65_HS1-834228961_62-HQ-83894_Section_6
Agency: FBI
Page 140
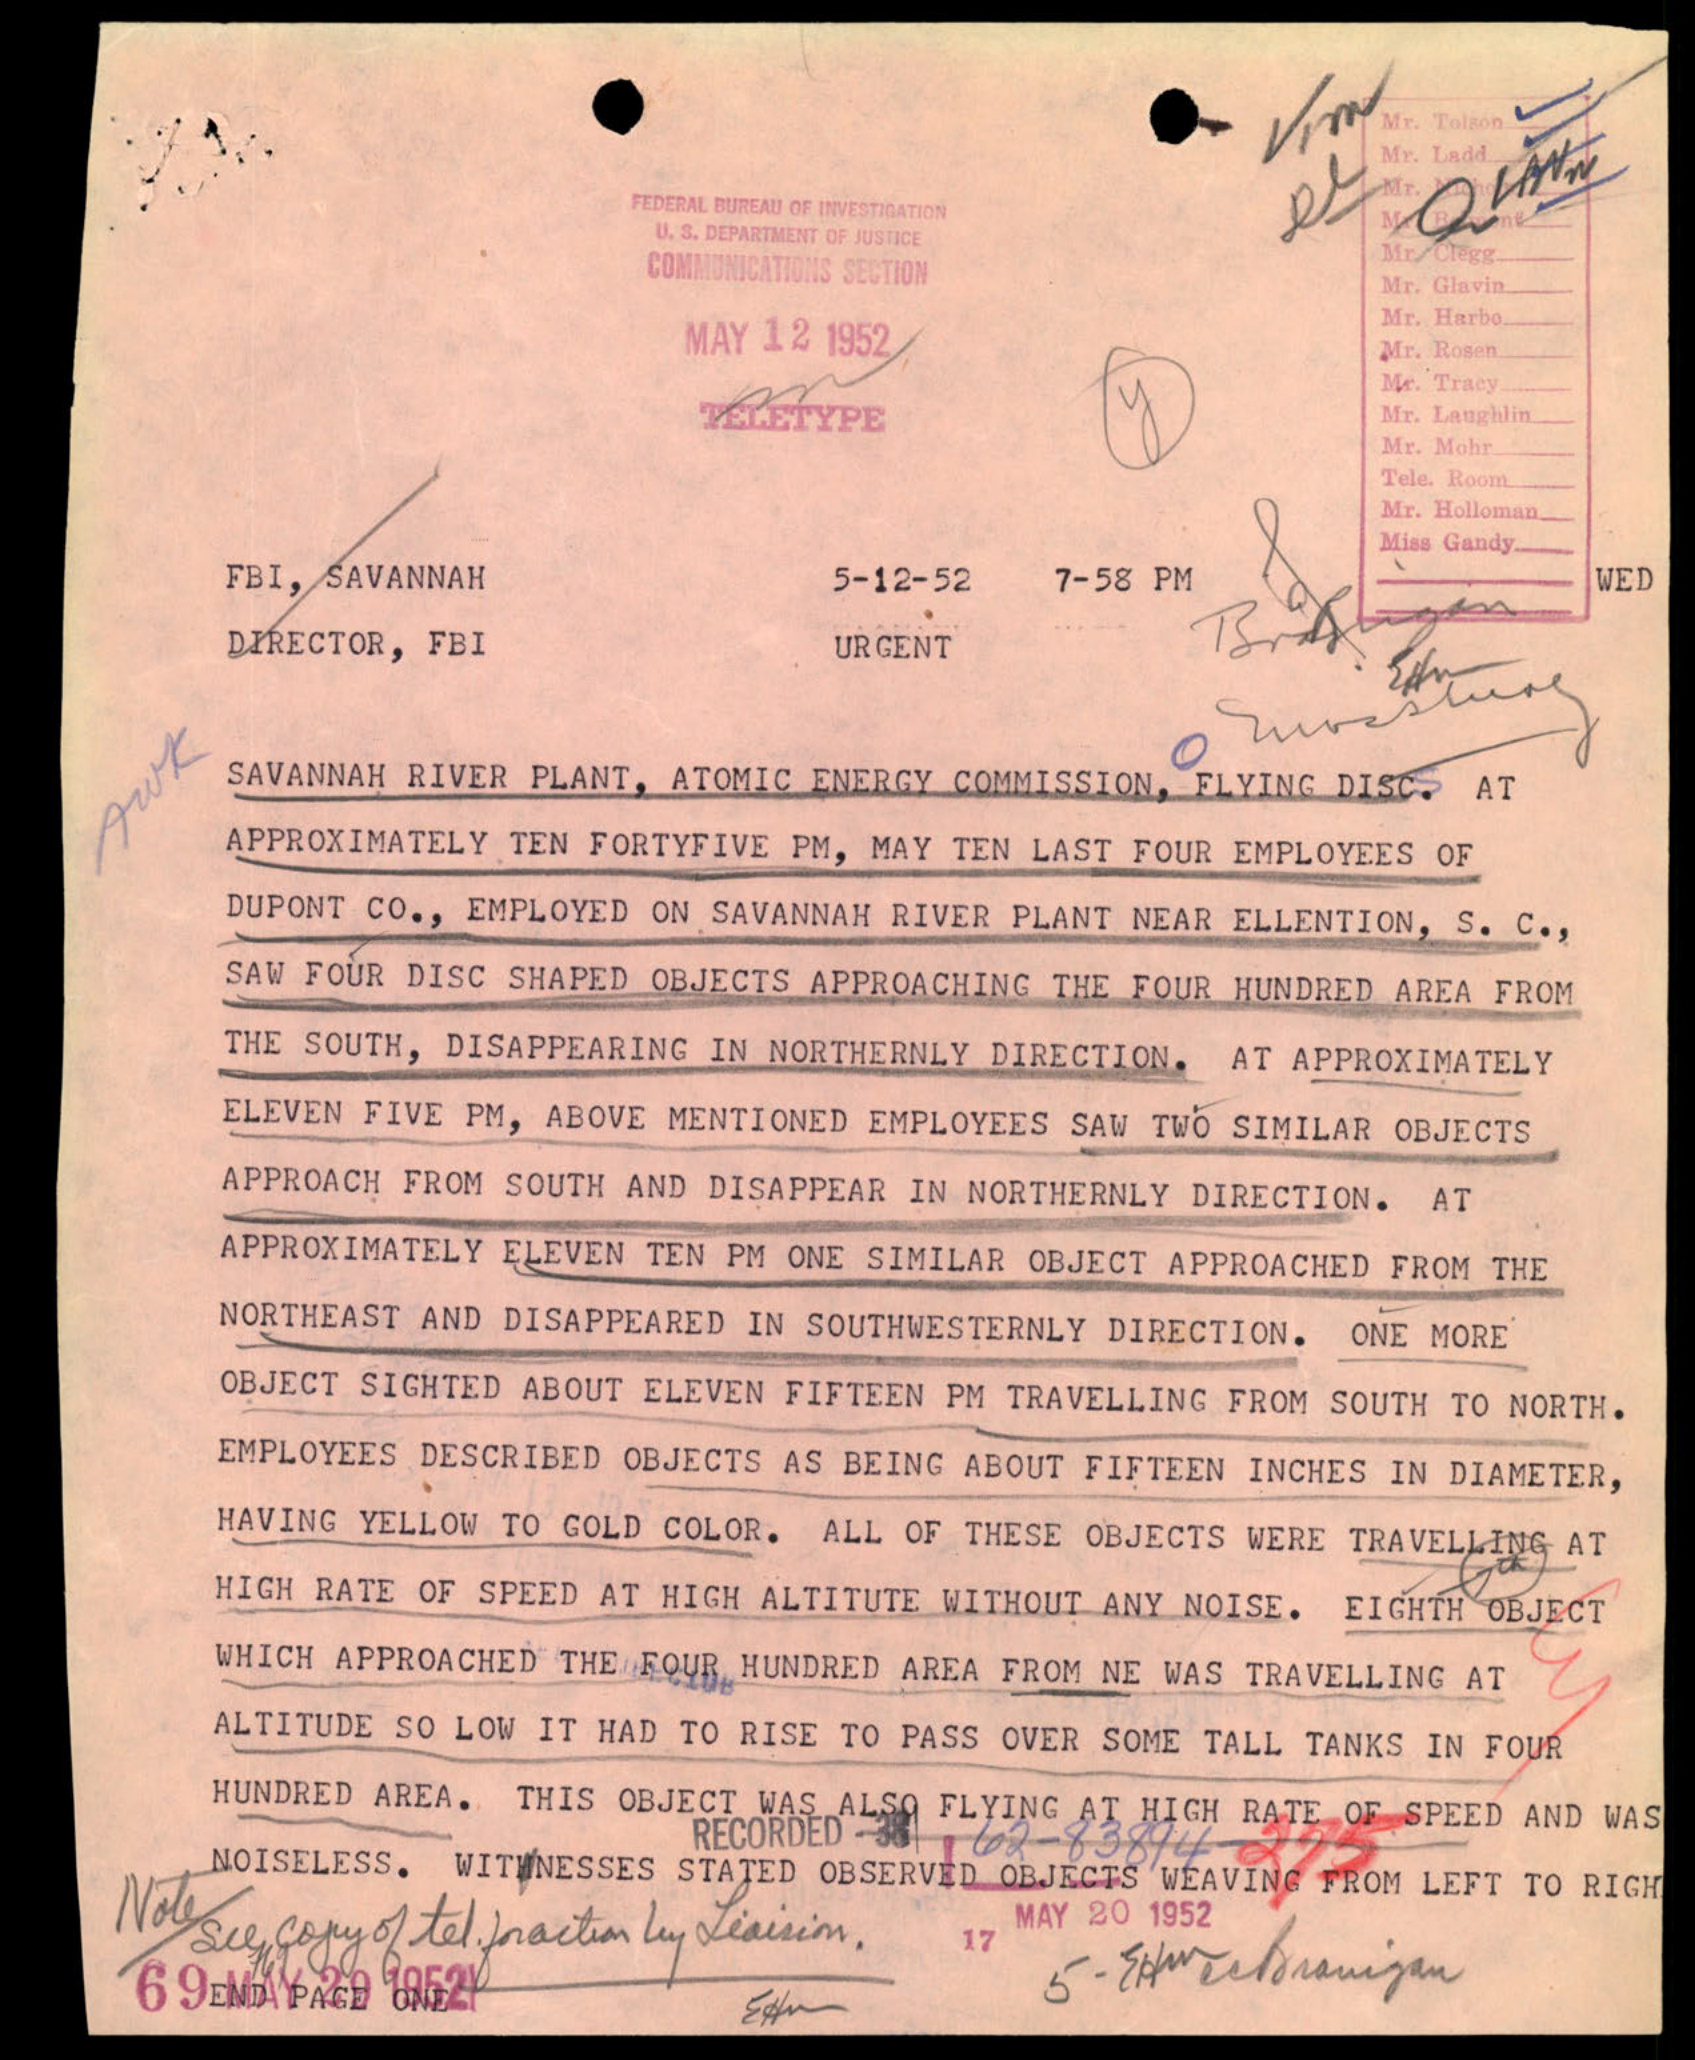